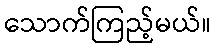
သောက်ကြည့်မယ်။